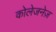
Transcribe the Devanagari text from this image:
कोलेजनेज़